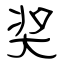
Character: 奖